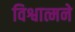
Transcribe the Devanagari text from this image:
विश्वात्मने